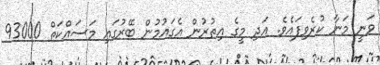
ވަނީ މަނާ ކުރެވިފައެވެ. އަދި މީގެ އިތުރުން އެގައުމުން ބޭރުގައި މަސައްކަތް 93000